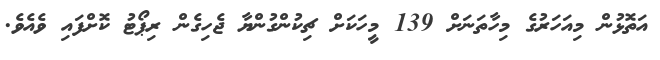
އަތޮޅުން މިއަހަރުގެ މިހާތަނަށް 139 މީހަކަށް ޗިކުންގުންޔާ ޖެހިގެން ރިޕޯޓު ކޮށްފައި ވެއެވެ.